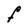
Character: F